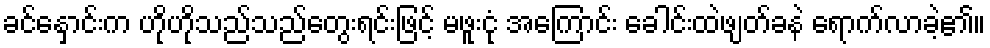
ခင်နှောင်းက ဟိုဟိုသည်သည်တွေးရင်းဖြင့် မဖူးငုံ အကြောင်း ခေါင်းထဲဖျတ်ခနဲ ရောက်လာခဲ့၏။